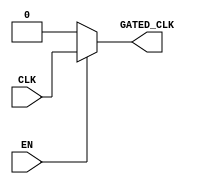
module clock_gating (
    input wire CLK,         // Primary clock signal
    input wire EN,          // Enable signal
    output wire GATED_CLK   // Gated clock output
);
    wire EN_B;             // Inverted enable signal

    // Invert the enable signal
    assign EN_B = ~EN;

    // Clock gating using transmission gates (conceptually)
    // PMOS and NMOS implementation
    assign GATED_CLK = (EN) ? CLK : 1'b0;

endmodule